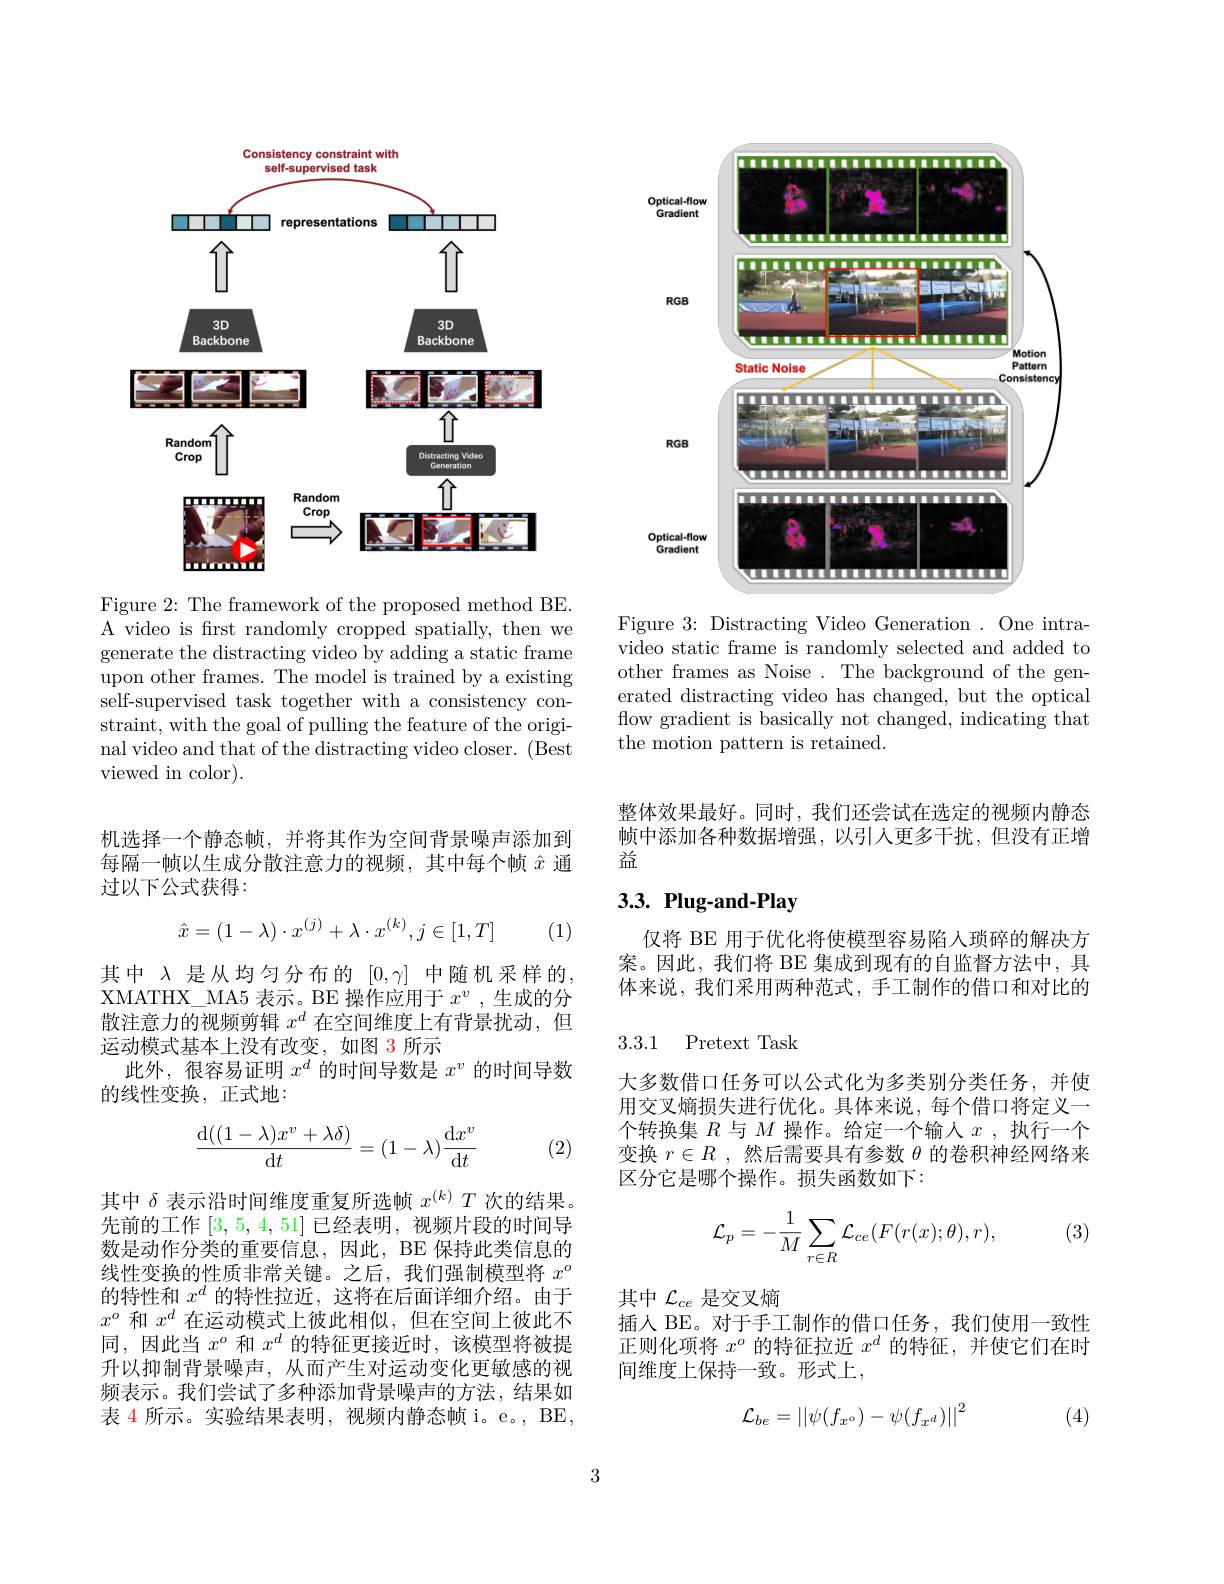
<FigureHere>

Figure 3: Distracting Video Generation. One intravideo static frame is randomly selected and added to other frames as Noise . The background of the generated distracting video has changed, but the optical flow gradient is basically not changed, indicating that the motion pattern is retained.

<FigureHere>

Figure 2: The framework of the proposed method BE. A video is frst randomly cropped spatially, then we generate the distracting video by adding a static frame upon other frames. The model is trained by a existing self-supervised task together with a consistency constraint, with the goal of pulling the feature of the original video and that of the distracting video closer. (Best viewed in color).

机选择一个静态帧，并将其作为空间背景噪声添加到每隔一帧以生成分散注意力的视频，其中每个帧$\hat{x}$通过以下公式获得：

(1)
$$\hat{x}=(1-\lambda)\cdot x^{(j)}+\lambda\cdot x^{(k)},j\in[1,T]$$
其中 $\lambda$ 是从均匀分布的$[0,\gamma]$ 中随机采样的， XMATHX\_ MA5 表示。BE 操作应用于$x^v$ ,生成的分散注意力的视频剪辑$x^d$在空间维度上有背景扰动，但运动模式基本上没有改变，如图 3 所示
此外，很容易证明$x^d$的时间导数是$x^v$的时间导数
的线性变换，正式地：
$$\begin{aligned}\frac{\mathrm{d}((1-\lambda)x^v+\lambda\delta)}{\mathrm{d}t}=(1-\lambda)\frac{\mathrm{d}x^v}{\mathrm{d}t}\end{aligned}$$
(2)

其中$\delta$表示沿时间维度重复所选帧$x^{(k)}T$次的结果。先前的工作[3,5,4,51]已经表明，视频片段的时间导数是动作分类的重要信息，因此，BE 保持此类信息的线性变换的性质非常关键。之后，我们强制模型将$x^o$ 的特性和$x^d$的特性拉近，这将在后面详细介绍。由于$x^o$和$x^d$在运动模式上彼此相似，但在空间上彼此不同，因此当$x^o$和$x^d$的特征更接近时，该模型将被提升以抑制背景噪声，从而产生对运动变化更敏感的视频表示。我们尝试了多种添加背景噪声的方法，结果如表 4 所示。实验结果表明，视频内静态帧 i。e。, BE,

整体效果最好。同时，我们还尝试在选定的视频内静态帧中添加各种数据增强，以引入更多干扰，但没有正增益

# 3.3. Plug-and-Play

仅将 BE 用于优化将使模型容易陷入琐碎的解决方案。因此，我们将 BE 集成到现有的自监督方法中，具体来说，我们采用两种范式，手工制作的借口和对比的

3.3.1 Pretext Task

大多数借口任务可以公式化为多类别分类任务，并使用交叉熵损失进行优化。具体来说，每个借口将定义一个转换集$R$与$M$操作。给定一个输入$x$,执行一个变换$r\in R$ ,然后需要具有参数$\theta$的卷积神经网络来区分它是哪个操作。损失函数如下：

(3)
$$\mathcal{L}_{p}=-\frac{1}{M}\sum_{r\in R}\mathcal{L}_{ce}(F(r(x);\theta),r),$$
其中$\mathcal{L}_{ce}$是交叉熵
插人 BE。对于手工制作的借口任务，我们使用一致性正则化项将$x^o$的特征拉近$x^d$的特征，并使它们在时间维度上保持一致。形式上，
$$\mathcal{L}_{be}=\left|\left|\psi(f_{x^{o}})-\psi(f_{x^{d}})\right|\right|^{2}$$
(4)

3